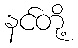
နင်တို့